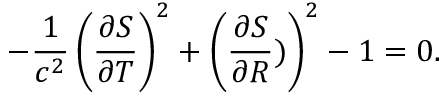
- \frac { 1 } { c ^ { 2 } } \left( \frac { \partial S } { \partial T } \right) ^ { 2 } + \left( \frac { \partial S } { \partial R } ) \right) ^ { 2 } - 1 = 0 .